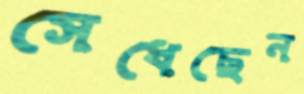
সেধেছেন